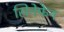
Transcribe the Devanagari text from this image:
सिनेफेन